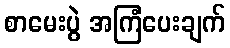
စာမေးပွဲ အကြံပေးချက်